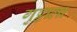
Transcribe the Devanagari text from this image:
गुट्टाला